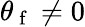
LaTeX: \theta_{\mathrm{~f~}}\neq 0